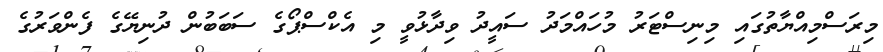
މިރަސްމިއްޔާތުގައި މިނިސްޓަރު މުހައްމަދު ސައީދު ވިދާޅުވީ މި އެކްސްޕޯގެ ސަބަބުން ދުނިޔޭގެ ފެންވަރުގެ